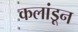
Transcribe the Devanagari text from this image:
कलांडून